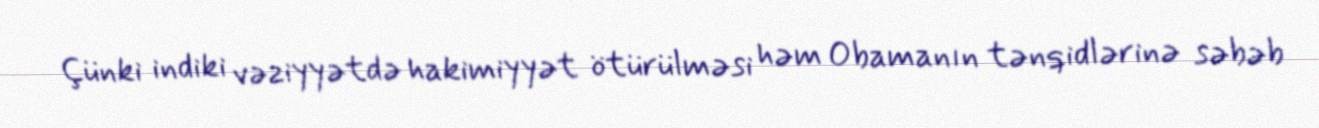
Çünki indiki vəziyyətdə hakimiyyət ötürülməsi həm Obamanın tənqidlərinə səbəb